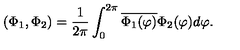
( \Phi _ { 1 } , \Phi _ { 2 } ) = \frac { 1 } { 2 \pi } \int _ { 0 } ^ { 2 \pi } \overline { { \Phi _ { 1 } ( \varphi ) } } \Phi _ { 2 } ( \varphi ) d \varphi .